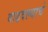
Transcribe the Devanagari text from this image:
वाढवल्याचे